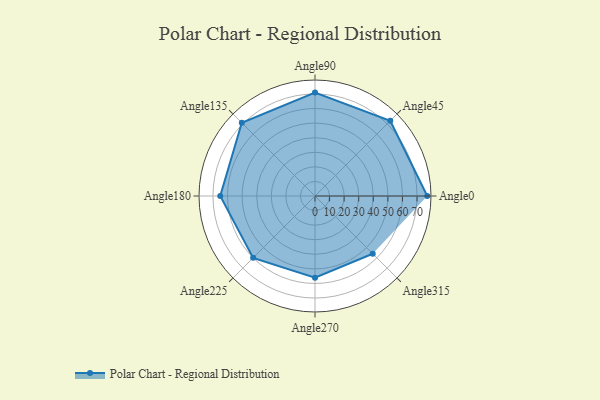
{"axis": {"x": "Angle", "y": "Radius"}, "legend": [""], "data": [{"x": "Angle0", "y": 77.0, "type": ""}, {"x": "Angle45", "y": 73.0, "type": ""}, {"x": "Angle90", "y": 71.0, "type": ""}, {"x": "Angle135", "y": 71.0, "type": ""}, {"x": "Angle180", "y": 65.0, "type": ""}, {"x": "Angle225", "y": 60.0, "type": ""}, {"x": "Angle270", "y": 56.0, "type": ""}, {"x": "Angle315", "y": 56.0, "type": ""}]}